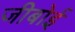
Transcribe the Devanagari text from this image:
जीबोई